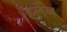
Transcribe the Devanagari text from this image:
हर्लेन